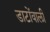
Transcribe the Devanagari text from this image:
डाटोंवाली